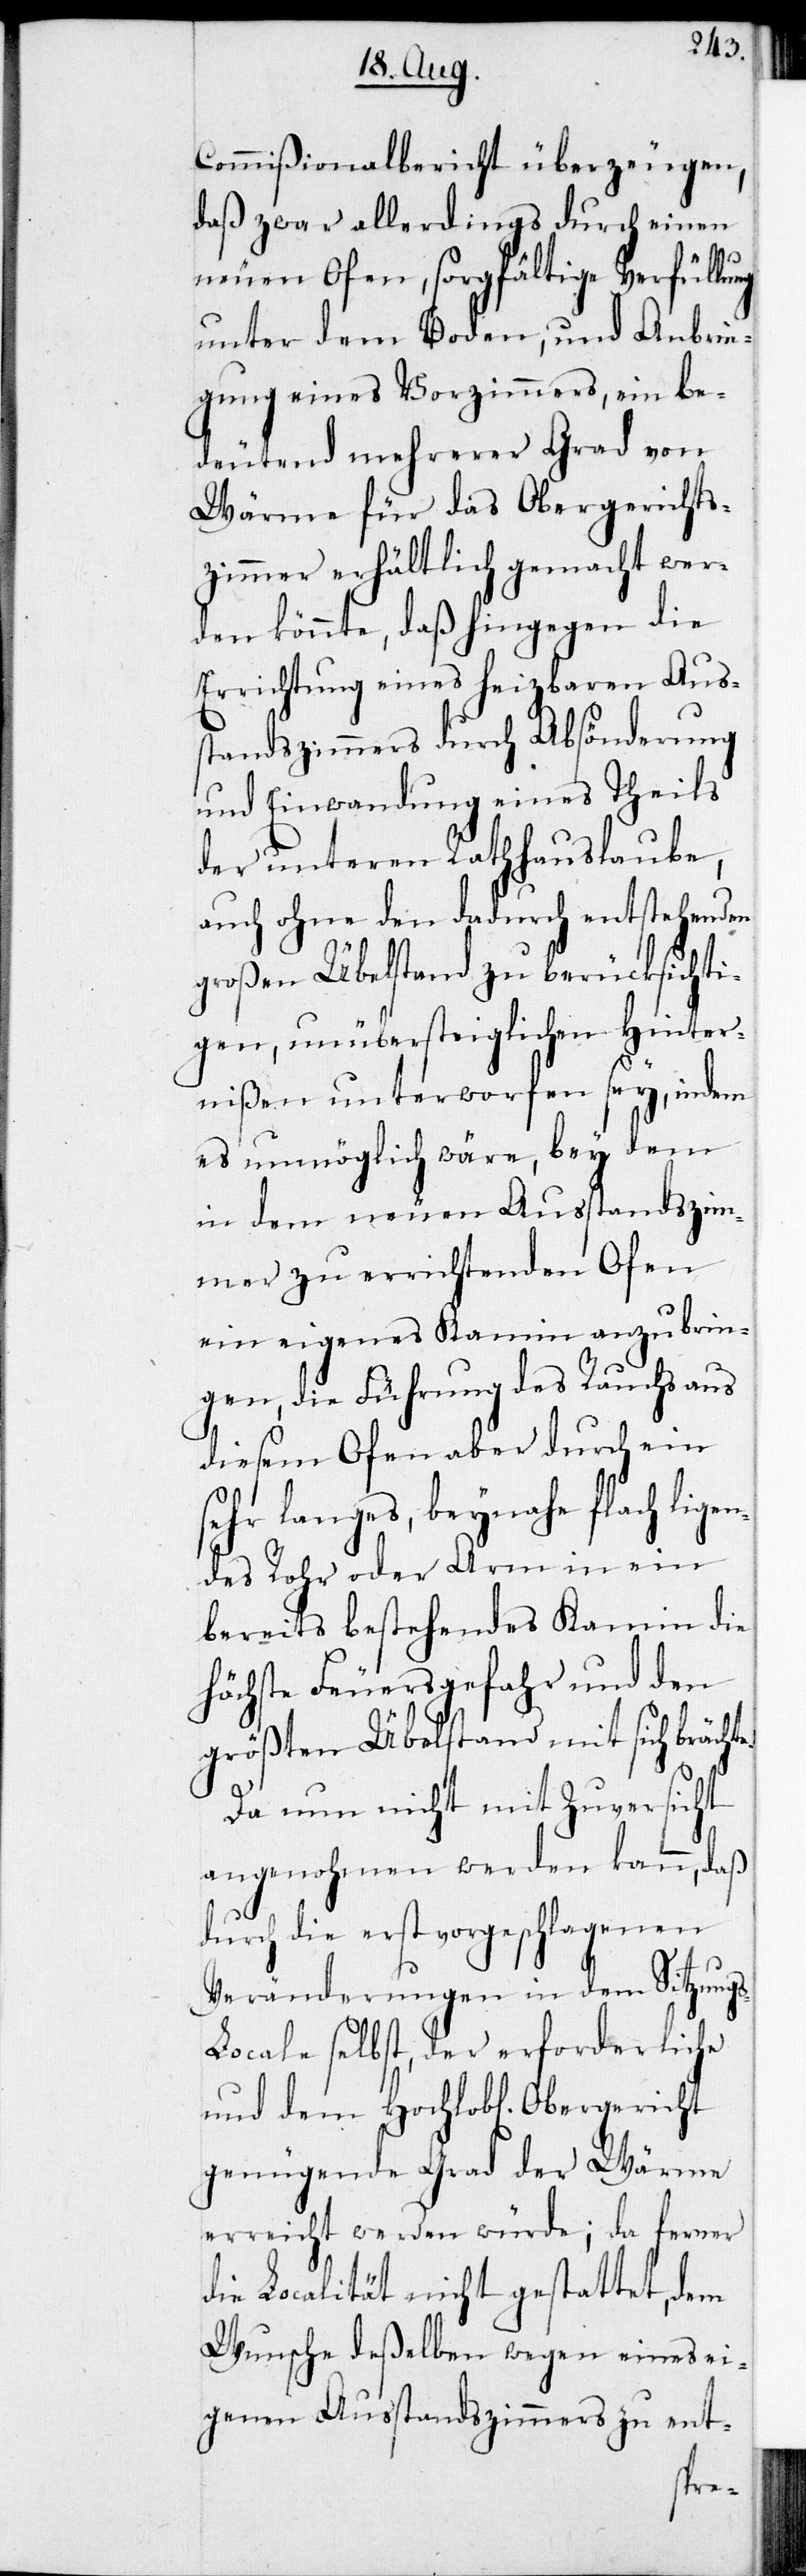
Commißionalbericht überzeugen,
daß zwar allerdings durch einen
neuen Ofen, sorgfältige Verfüllung
unter dem Boden, und Anbrin¬
gung eines Vorzimmers, ein be¬
deutend mehrerer Grad von
Wärme für das Obergerichts¬
zimmer erhältlich gemacht wer¬
den könnte, daß hingegen die
Errichtung eines heizbaren Aus¬
standszimmers durch Absönderung
und Einwandung eines Theils
der unteren Rathhauslaube
auch ohne den dadurch entstehenden
großen Übelstand zu berücksichti¬
gen, unübersteiglichen Hinter¬
nißen unterworfen sey, indem
es unmöglich wäre, bey dem
in dem neuen Ausstandszim¬
mer zu errichtenden Ofen
ein eigenes Kamin anzubrin¬
gen, die Führung des Rauchs aus
diesem Ofen aber durch ein
sehr langes, beynahe flach lige¬
ndes Rohr oder Arm in ein
bereits bestehendes Kamin die
höchste Feuersgefahr und den
größten Übelstand mit sich bräch¬
Da nun nicht mit Zuversicht
angenohmen werden kann, daß
durch die erstvorgeschlagenen
Veränderungen in dem Sitzung¬
s-Locale selbst, der erforderliche
genügende Grad der Wärme
erreicht werden würde; da ferner
die Localität nicht gestattet, dem
Wunsche deßelben wegen eines ei¬
genen Ausstandszimmers zu ent-
te.